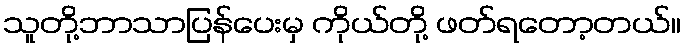
သူတို့ဘာသာပြန်ပေးမှ ကိုယ်တို့ ဖတ်ရတော့တယ်။